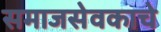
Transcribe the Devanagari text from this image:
समाजसेवकाचे